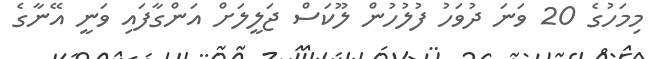
މިމަހުގެ 20 ވަނަ ދުވަހު ފުލުހުން ލޫކަސް ޖަލީލަށް އަންގާފައި ވަނީ އޭނާގެ